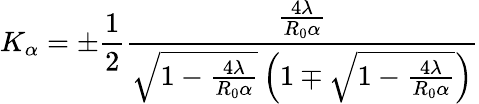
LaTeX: K_{\alpha}=\pm\frac{1}{2}\frac{\frac{4\lambda}{R_{0}\alpha}}{\sqrt{1-\frac{4\lambda}{R_{0}\alpha}}\left(1\mp\sqrt{1-\frac{4\lambda}{R_{0}\alpha}}\right)}